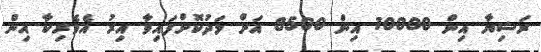
ރަޝިޔާ އިން 10000 އިން 8500 އަށް މަދުކޮށްފައިވާ އިރު އެމެރިކާ އިން